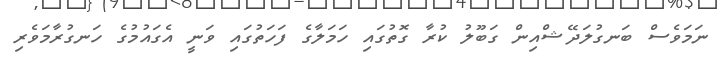
ނަމަވެސް ބަނގުލަދޭޝްއިން ގަބޫލު ކުރާ ގޮތުގައި ހަމަލާގެ ފަހަތުގައި ވަނީ އެގައުމުގެ ހަނގުރާމަވެރި